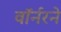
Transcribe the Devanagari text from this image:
वॉर्नरने